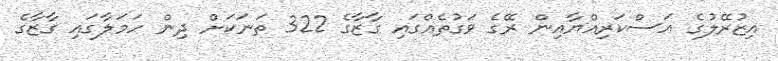
އިޒުރޭލުގެ އަސްކަރިއްޔާއިން ރޭގެ ވަގުތެއްގައި ގާޒާގެ 322 ތަނަކަށް ދިން ހަމަލާގައި ގާޒާގެ